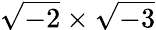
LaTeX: \sqrt{-2}\times\sqrt{-3}